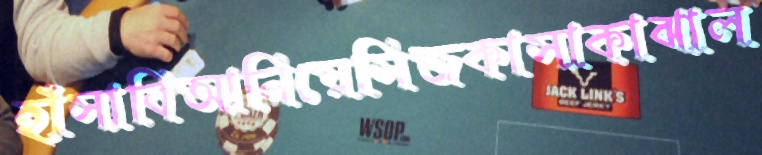
হাঁসাবিআনিয়েসিজকাসাকাঝাল